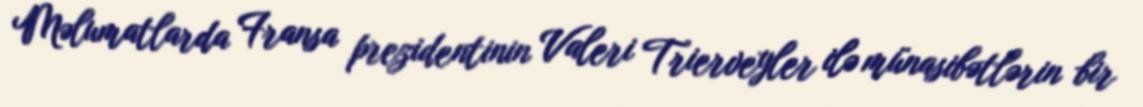
Məlumatlarda Fransa prezidentinin Valeri Trierveyler ilə münasibətlərin bir